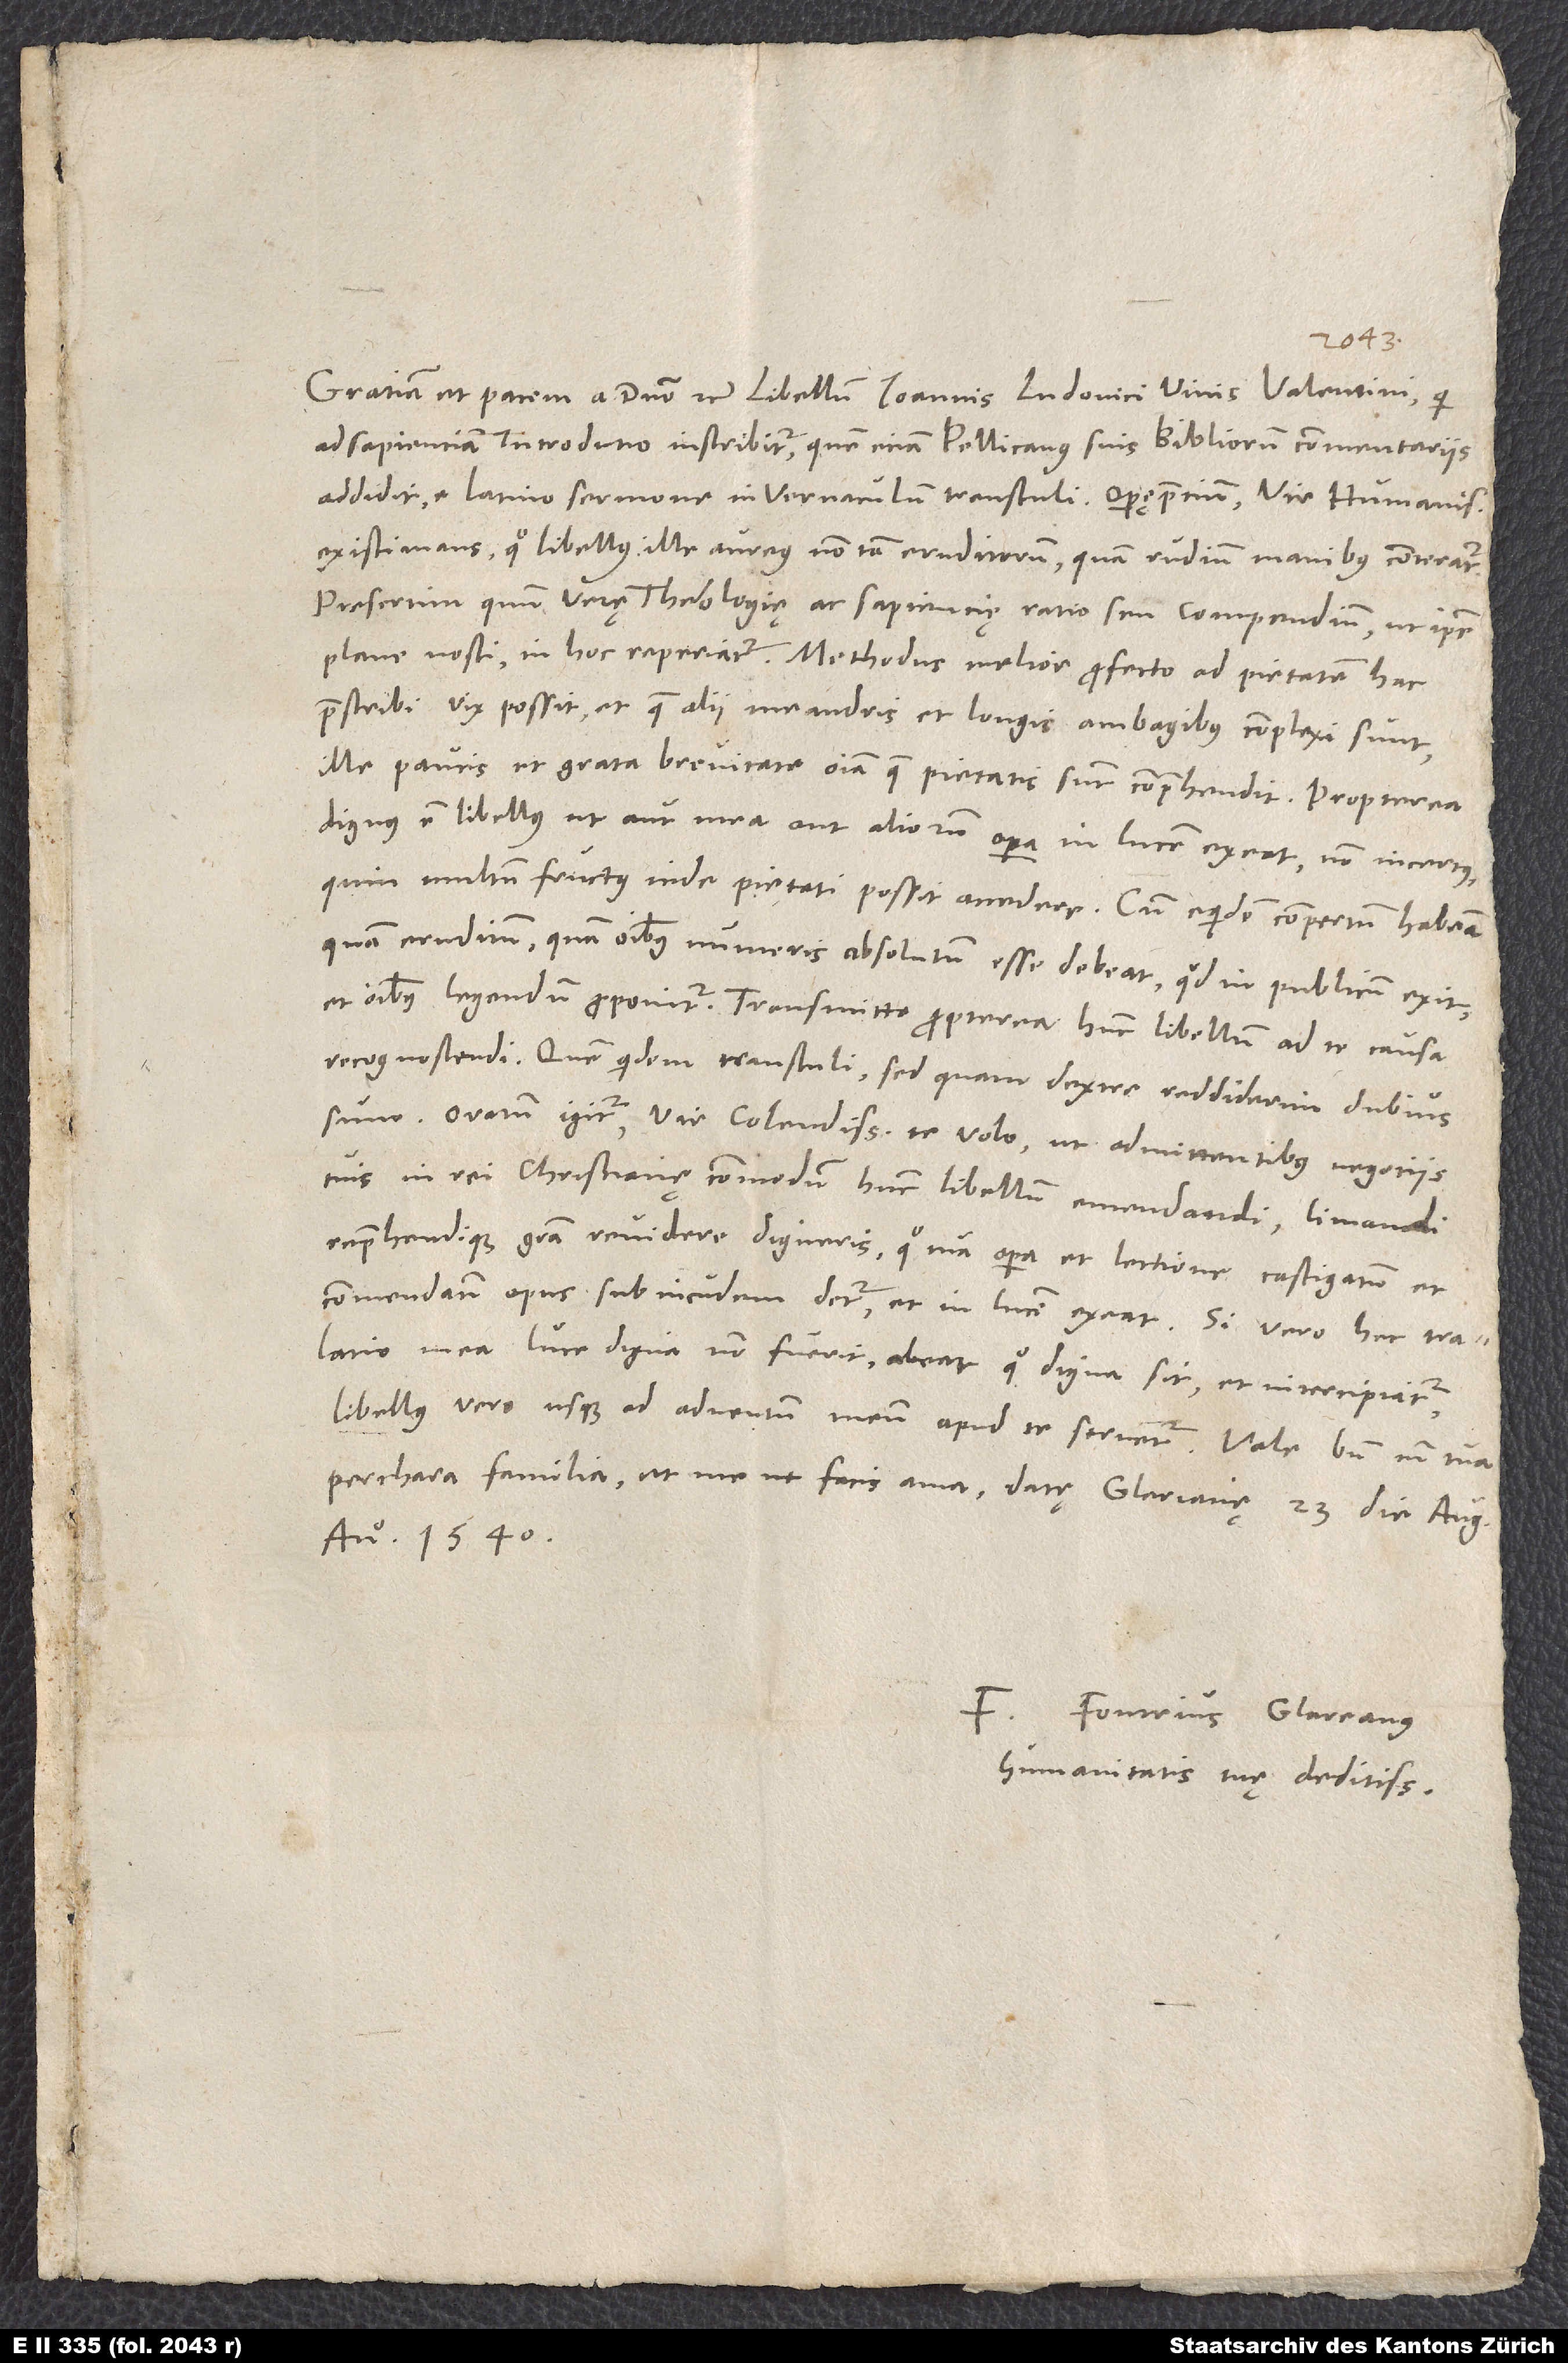
Gratiam et pacem a domino etc. Libellum Ioannis Ludovici Vivis Valentini, qui
Ad sapientiam introductio inscribitur, quem eciam Pellicanus suis Bibliorum commentariis
addidit, e Latino sermone in vernaculum transtuli, operę pretium, vir humanissime,
existimans, quo libellus ille aureus non tam eruditorum quam rudium manibus conteratur,
presertim, quum verę theologię ac sapientię ratio seu compendium, ut ipse
plane nosti, in hoc reperiatur. Methodus melior profecto ad pietatem hac
praescribi vix possit, et quae alii Meandris et longis ambagibus complexi sunt,
ille paucis et grata brevitate omnia, quae pietatis sunt, comprehendit. Propterea
dignus est libellus, ut aut mea aut aliorum opera in lucem exeat, non incertus,
quin multum fructus inde pietati possit accedere. Cum equidem compertum habeam,
quam eruditum, quam omnibus numeris absolutum esse debeat, quod in publicum exit
et omnibus legendum proponitur, transmitto propterea hunc libellum ad te causa
recognoscendi. Quem quidem transtuli, sed quam dextre reddiderim, dubius
sum. Oratum igitur, vir colendissime, te volo, ut admittentibus negotiis
tuis in rei christianę commodum hunc libellum emendandi, limandi
reprehendendique gratia revidere digneris, quo tua opera et lectione castigatum et
commendatum opus sub incudem detur et in lucem exeat. Si vero hec tralatio
mea luce digna non fuerit, abeat, quo digna sit, et intercipiatur,
libellus vero usque ad adventum meum apud te servetur. Vale bene cum tua
perchara familia et me, ut facis, ama. Datę Glarianę, 23. die augusti
anno 1540.
F. Fonteius Glareanus,
humanitatis tuę deditissimus.